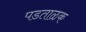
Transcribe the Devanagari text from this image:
पडताळक